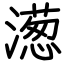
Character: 濍